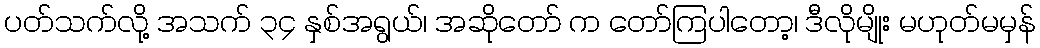
ပတ်သက်လို့ အသက် ၃၄ နှစ်အရွယ်၊ အဆိုတော် က တော်ကြပါတော့၊ ဒီလိုမျိုး မဟုတ်မမှန်